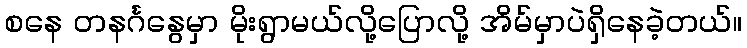
စနေ တနင်္ဂနွေမှာ မိုးရွာမယ်လို့ပြောလို့ အိမ်မှာပဲရှိနေခဲ့တယ်။